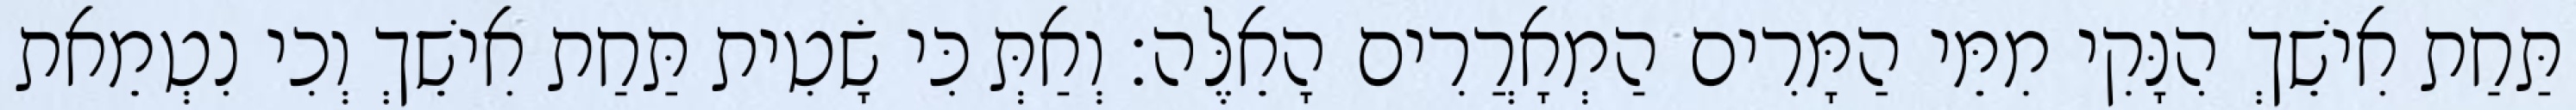
תַּחַת אִישֵׁךְ הִנָּקִי מִמֵּי הַמָּרִים הַמְאָרֲרִים הָאֵלֶּה׃ וְאַתְּ כִּי שָׂטִית תַּחַת אִישֵׁךְ וְכִי נִטְמֵאת